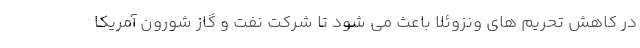
در کاهش تحریم های ونزوئلا باعث می شود تا شرکت نفت و گاز شورون آمریکا